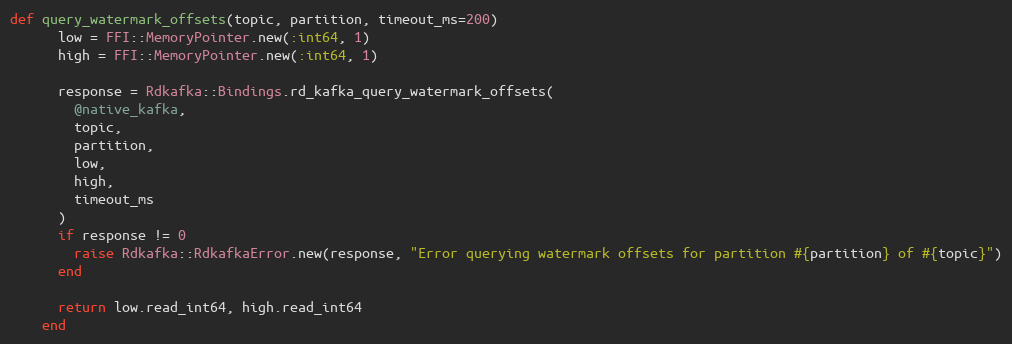
Language: Ruby
def query_watermark_offsets(topic, partition, timeout_ms=200)
      low = FFI::MemoryPointer.new(:int64, 1)
      high = FFI::MemoryPointer.new(:int64, 1)

      response = Rdkafka::Bindings.rd_kafka_query_watermark_offsets(
        @native_kafka,
        topic,
        partition,
        low,
        high,
        timeout_ms
      )
      if response != 0
        raise Rdkafka::RdkafkaError.new(response, "Error querying watermark offsets for partition #{partition} of #{topic}")
      end

      return low.read_int64, high.read_int64
    end